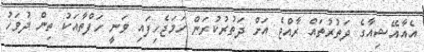
އެއާއޭޝިއާގެ ދަތުރުތައް ރާއްޖެ އަށް ދަތުރުކުރަން ހަމަޖެހިފައި ވަނީ ހަފްތާއަކު ތިން ދުވަހު